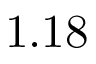
1 . 1 8